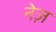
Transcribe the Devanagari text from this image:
नेज़